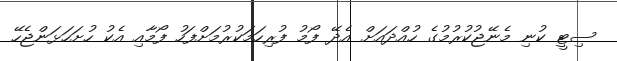
ސިޓީ ކުނި މެނޭޖުކުރުމުގެ ހުއްދައަށް އެދޭ ފޯމު ފުރިހަމަކުރުމަށްފަހު ފޯމާއި އެކު ހުށަހަޅަންޖެހޭ